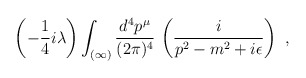
\begin{align*}\left(-\frac{1}{4}i\lambda\right)\int_{(\infty)}\frac{d^4p^\mu}{(2\pi)^4}\,\left(\frac{i}{p^2-m^2+i\epsilon}\right)\ ,\end{align*}